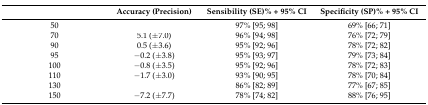
<table><thead><tr><td>[EMPTY_CELL]</td><td><b>Accuracy (Precision)</b></td><td><b>Sensibility (SE)% + 95% CI</b></td><td><b>Specificity (SP)% + 95% CI</b></td></tr></thead><tbody><tr><td>50</td><td>[EMPTY_CELL]</td><td>97% [95; 98]</td><td>69% [66; 71]</td></tr><tr><td>70</td><td>5.1 (±7.0)</td><td>96% [94; 98]</td><td>76% [72; 79]</td></tr><tr><td>90</td><td>0.5 (±3.6)</td><td>95% [92; 96]</td><td>78% [72; 82]</td></tr><tr><td>95</td><td>−0.2 (±3.8)</td><td>95% [93; 97]</td><td>79% [73; 84]</td></tr><tr><td>100</td><td>−0.8 (±3.5)</td><td>95% [92; 96]</td><td>78% [72; 83]</td></tr><tr><td>110</td><td>−1.7 (±3.0)</td><td>93% [90; 95]</td><td>78% [70; 84]</td></tr><tr><td>130</td><td>[EMPTY_CELL]</td><td>86% [82; 89]</td><td>77% [67; 85]</td></tr><tr><td>150</td><td>−7.2 (±7.7)</td><td>78% [74; 82]</td><td>88% [76; 95]</td></tr></tbody></table>